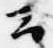
云